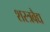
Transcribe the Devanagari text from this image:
शस्त्रवैद्य